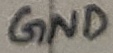
Text: GND